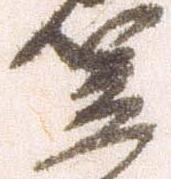
笠